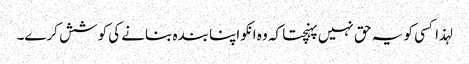
لہذا کسی کو یہ حق نہیں پہنچتا کہ وہ انکو اپنا بندہ بنانے کی کوشش کرے۔